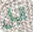
قبل